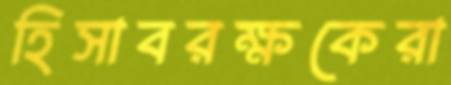
হিসাবরক্ষকেরা